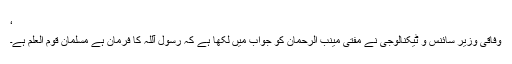
‘
وفاقی وزیر سائنس و ٹیکنالوجی نے مفتی مینب الرحمان کو جواب میں لکھا ہے کہ رسول آللہٌ کا فرمان ہے مسلمان قوم العلم ہے۔